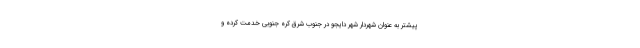
پیشتر به عنوان شهردار شهر دایجو در جنوب شرق کره جنوبی خدمت کرده و